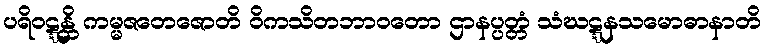
ပရိဝဋ္ဋန္တိ ကမ္မဇတေဇောတိ ဝိကသိတဘာဝတော ဌာနပ္ပတ္တံ သံဃဋ္ဋနသမောဓာနာတိ